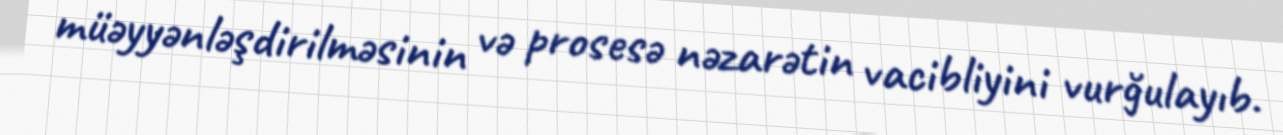
müəyyənləşdirilməsinin və prosesə nəzarətin vacibliyini vurğulayıb.